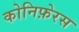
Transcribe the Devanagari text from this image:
कोनिफ़ेरस